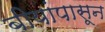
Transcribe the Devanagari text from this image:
बीयांपासून